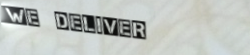
We Deliver